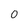
Character: 0